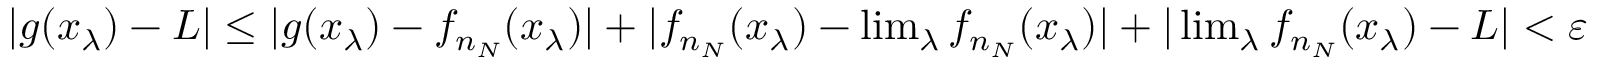
\begin{array} { r } { | g ( x _ { \lambda } ) - L | \leq | g ( x _ { \lambda } ) - f _ { n _ { N } } ( x _ { \lambda } ) | + | f _ { n _ { N } } ( x _ { \lambda } ) - \operatorname* { l i m } _ { \lambda } f _ { n _ { N } } ( x _ { \lambda } ) | + | \operatorname* { l i m } _ { \lambda } f _ { n _ { N } } ( x _ { \lambda } ) - L | < \varepsilon } \end{array}